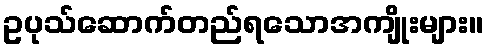
ဥပုသ်ဆောက်တည်ရသောအကျိုးများ။